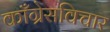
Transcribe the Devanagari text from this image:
काँग्रेसविचार